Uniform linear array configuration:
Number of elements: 16
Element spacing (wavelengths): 0.5
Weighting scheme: hamming
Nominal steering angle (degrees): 60
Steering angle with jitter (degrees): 61.462
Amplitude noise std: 0.05
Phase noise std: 0.05

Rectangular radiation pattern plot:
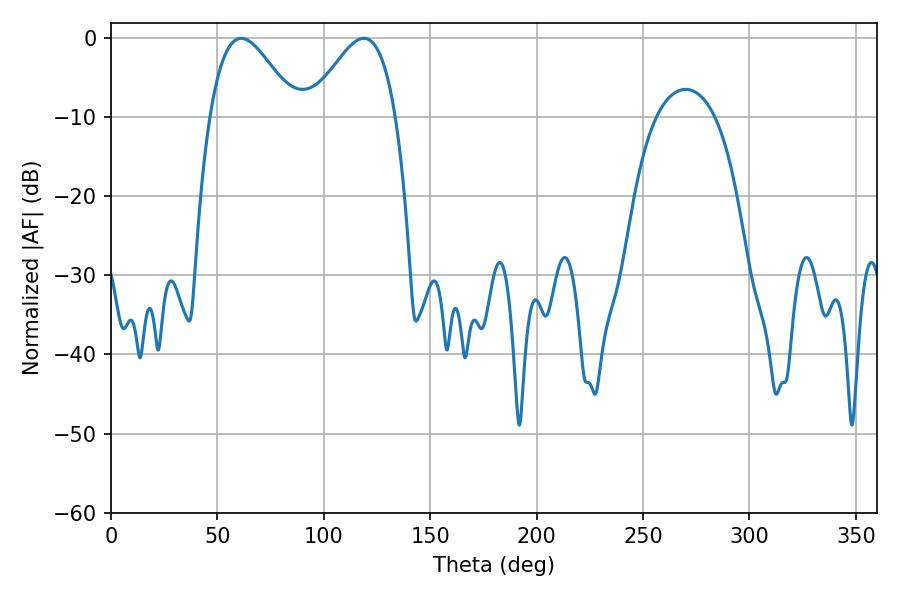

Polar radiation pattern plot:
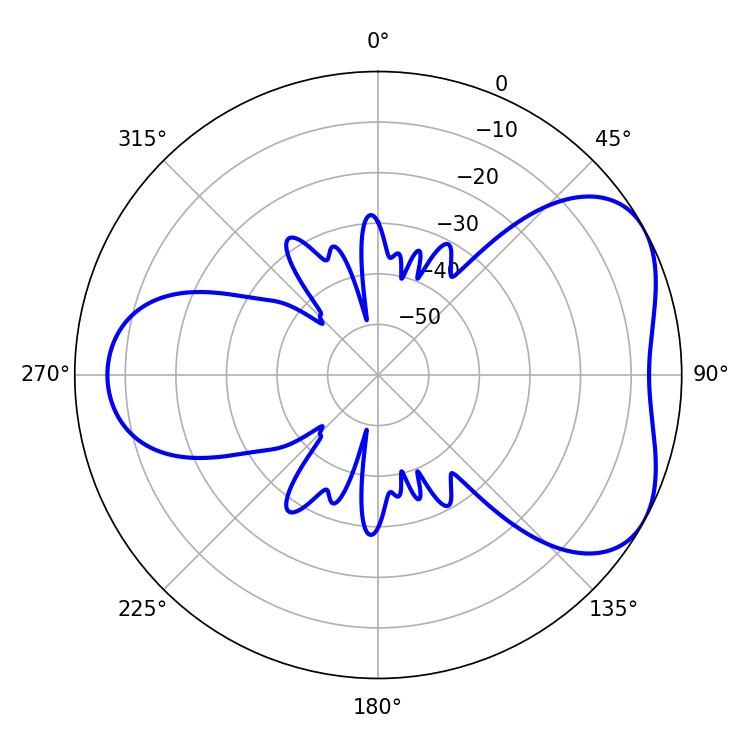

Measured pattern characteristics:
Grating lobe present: FALSE
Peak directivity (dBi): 4.852
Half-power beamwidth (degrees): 21.6
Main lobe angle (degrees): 61.2